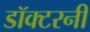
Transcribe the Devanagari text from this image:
डॉक्टरनी